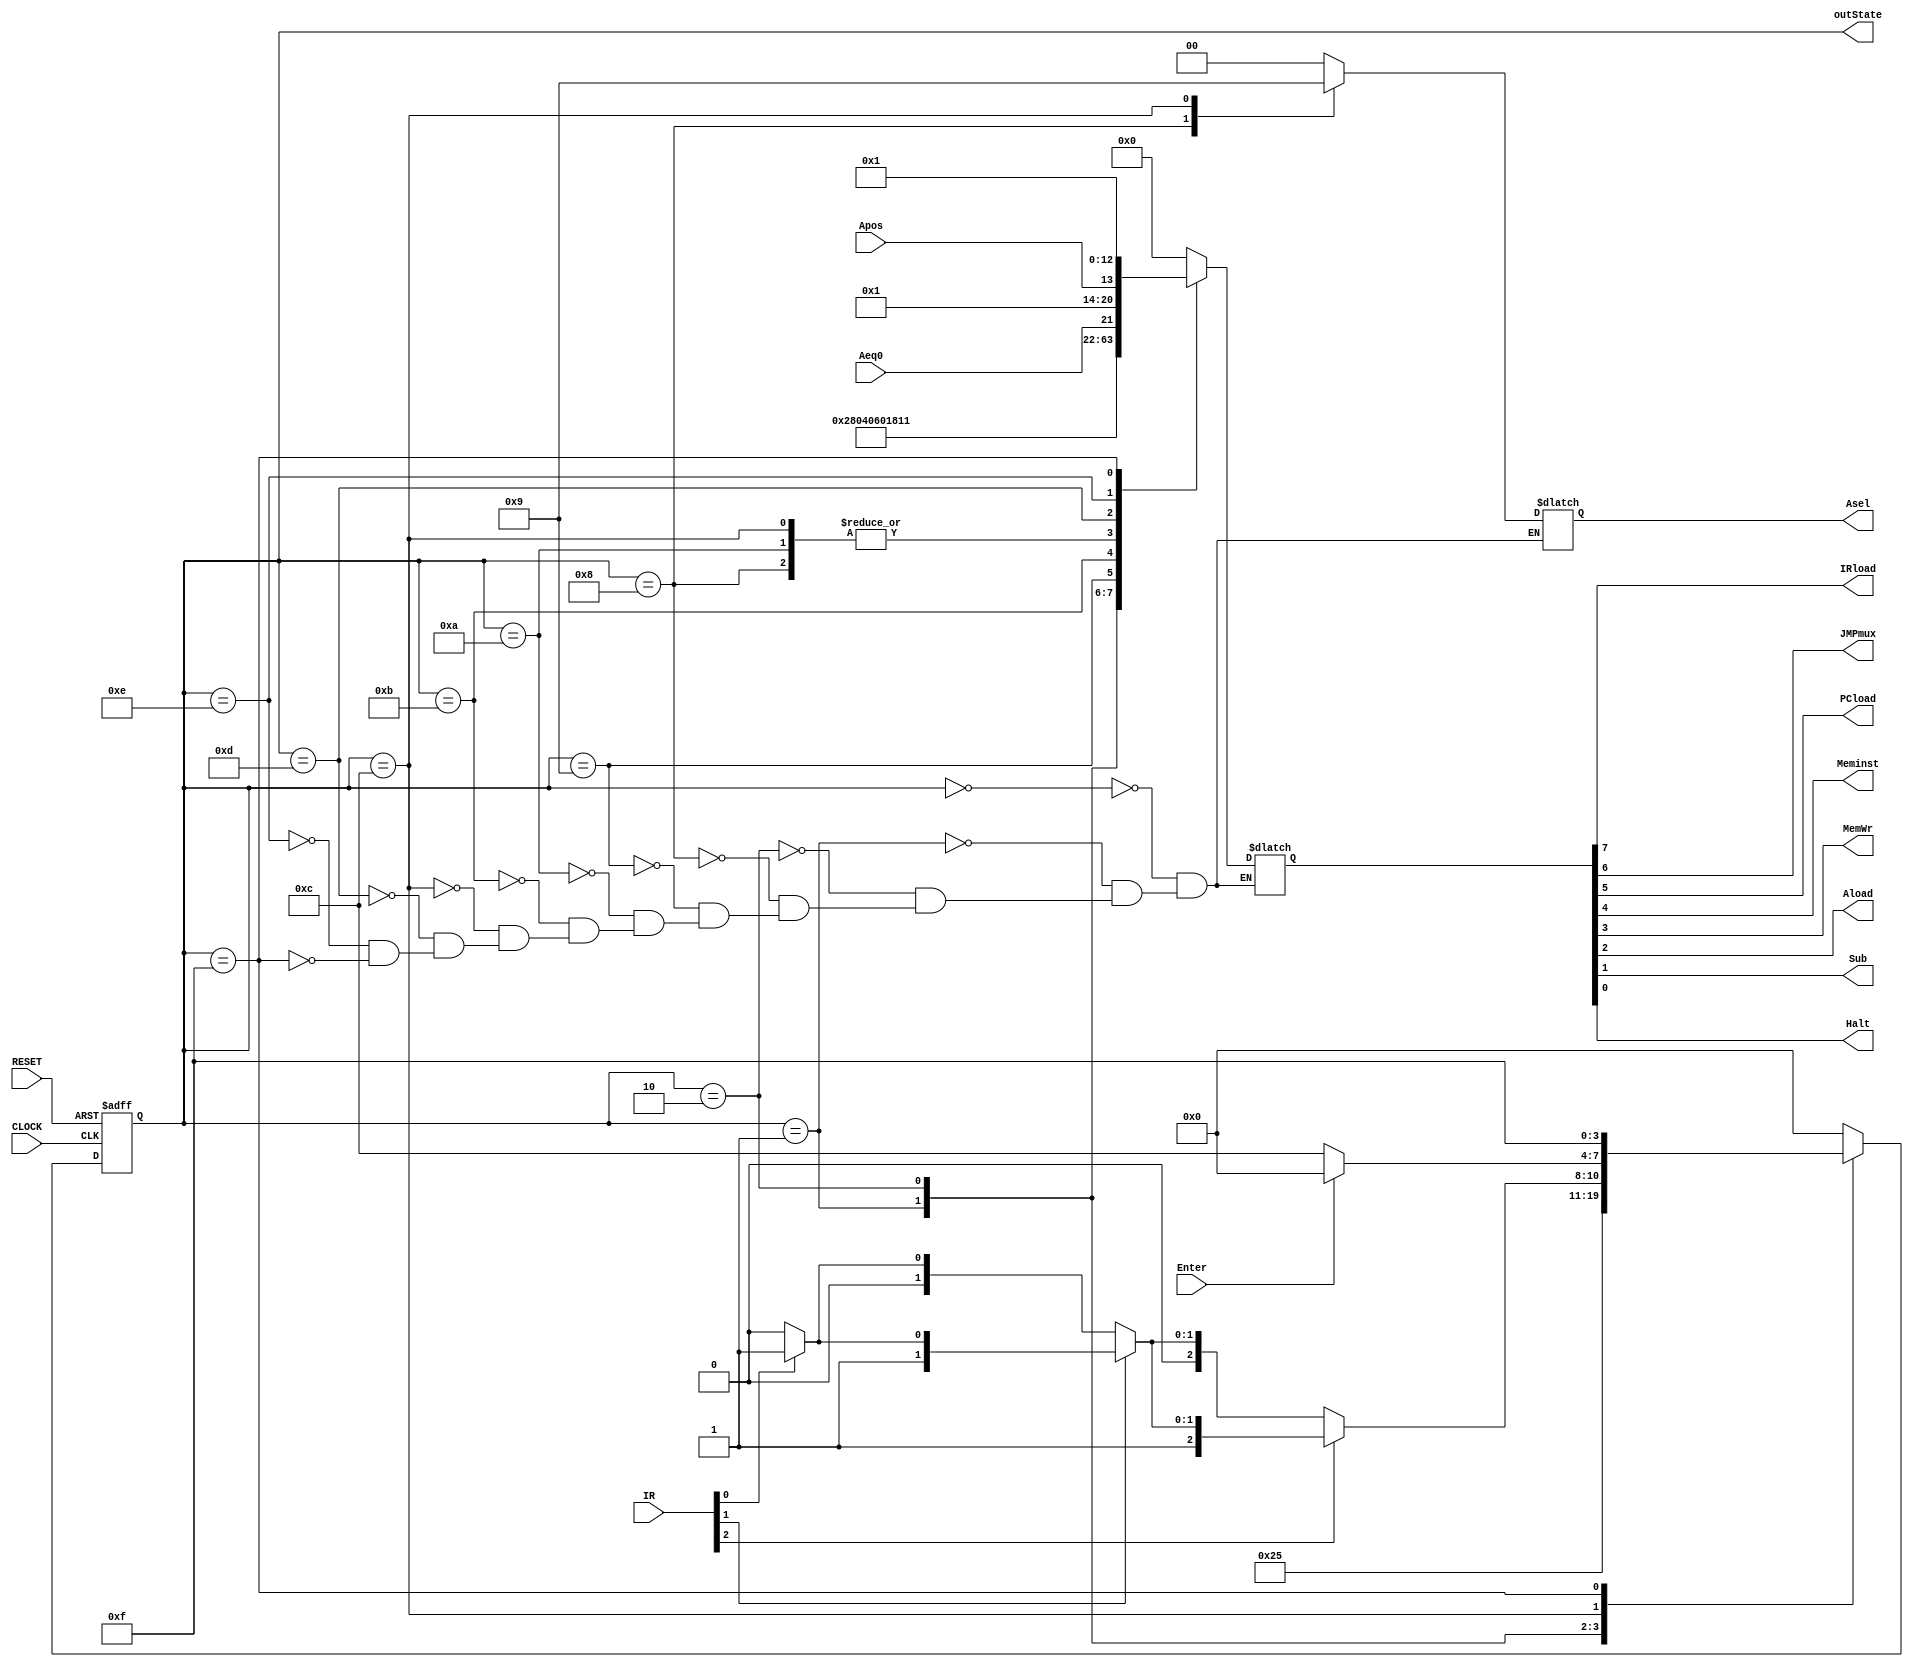
module uP_CU(
	//EXTERNAL INPUT
	input RESET, CLOCK,
	//STATUS SIGNALS
	input [7:5] IR,
	input Aeq0, Apos, Enter,
	//CONTROL SIGNALS
	output IRload, JMPmux, PCload, Meminst, MemWr, Aload, Sub, Halt,
	output reg [1:0] Asel,
	output [3:0] outState
);

	reg [3:0] state, nextState;
	parameter START = 4'b0000, FETCH = 4'b0001, DECODE = 4'b0010;					//State to obtain Instruction
	parameter LOAD  = 4'b1000, STORE = 4'b1001, ADD    = 4'b1010, SUB  = 4'b1011;	//Instruction State
	parameter INPUT = 4'b1100, JZ 	 = 4'b1101, JPOS   = 4'b1110, HALT = 4'b1111;	//Instruction State
  //************************  TO SHORTEN THE PROGRAM  ****************************
	reg [7:0] outChain;
	assign {IRload, JMPmux, PCload, Meminst, MemWr, Aload, Sub, Halt} = outChain;
  //******************************************************************************
	always @ (posedge RESET, posedge CLOCK)
	begin
		if(RESET)
			state = START;
		else
			state = nextState;
	end
  //******************************************************************************	
	always @ (state, IR, Aeq0, Apos, Enter)
	begin
		case(state)
			START: begin
				outChain  = 8'b00000000;
				Asel	  = 2'b00;
				nextState = FETCH;
			end
			FETCH: begin
				outChain  = 8'b10100000;
				Asel	  = 2'b00;
				nextState = DECODE;
			end
			DECODE: begin
				outChain  = 8'b00010000;
				Asel	  = 2'b00;
				if(!IR[7])
					begin
					if(!IR[6])
						begin
						if(!IR[5])	begin nextState = LOAD;   end
						else		    begin nextState = STORE;  end
						end
					else
						begin
						if(!IR[5])	begin nextState = ADD;  end
						else		    begin nextState = SUB;  end
						end
					end
				else
					begin
					if(!IR[6])
						begin
						if(!IR[5])	begin nextState = INPUT;  end
						else		    begin nextState = JZ;     end
						end
					else
						begin
						if(!IR[5])	begin nextState = JPOS; end
						else		    begin nextState = HALT; end
						end
					end
			end
			LOAD: begin
				outChain = 8'b00000100;
				Asel	 = 2'b10;
				nextState = START;
			end
			STORE: begin
				outChain = 8'b00011000;
				Asel	 = 2'b00;
				nextState = START;
			end
			ADD: begin
				outChain = 8'b00000100;
				Asel	 = 2'b00;
				nextState = START;
			end
			SUB: begin
				outChain = 8'b00000110;
				Asel	 = 2'b00;
				nextState = START;
			end
			INPUT: begin
				outChain = 8'b00000100;
				Asel	 = 2'b01;
				if(!Enter) begin nextState = INPUT;  end
				else		  begin nextState = START;  end
			end
			JZ: begin
				outChain = {2'b01,Aeq0,5'b00000};
				Asel	 = 2'b00;
				nextState = START;
			end
			JPOS: begin
				outChain = {2'b01,Apos,5'b00000};
				Asel	 = 2'b00;
				nextState = START;
			end
			HALT: begin
				outChain = 8'b00000001;
				Asel	 = 2'b00;
				nextState = HALT;
			end
			default: nextState = START;
		endcase
	end
	assign outState = state;
endmodule